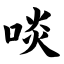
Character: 啖